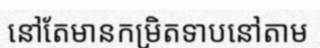
នៅតែមានកម្រិតទាបនៅតាម